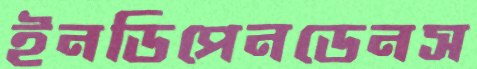
ইনডিপেনডেনস